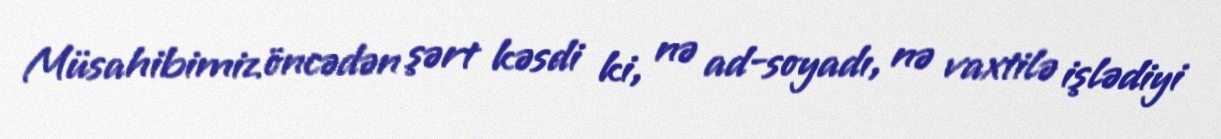
Müsahibimiz öncədən şərt kəsdi ki, nə ad-soyadı, nə vaxtilə işlədiyi